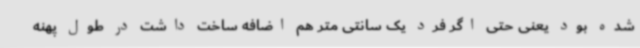
شده بود یعنی حتی اگر فرد یک سانتی متر هم اضافه ساخت داشت در طول پهنه